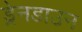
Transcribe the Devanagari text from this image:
ड्रेनडाउन